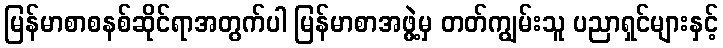
မြန်မာစာစနစ်ဆိုင်ရာအတွက်ပါ မြန်မာစာအဖွဲ့မှ တတ်ကျွမ်းသူ ပညာရှင်များနှင့်